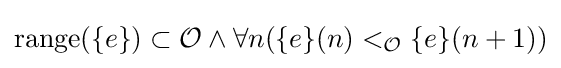
{\textrm {range}}(\{e\})\subset {\mathcal {O}}\land \forall n(\{e\}(n)<_{\mathcal {O}}\{e\}(n+1))